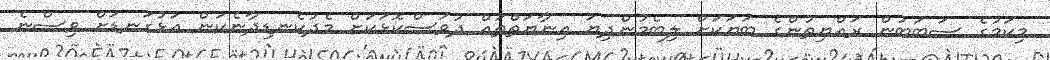
މިކަމުގެ ސަބަބުން ރައްޔިތުންގެ ބަޔަކަށް ލިބެމުންދިޔަ އިނާޔަތްތައް ދުވަސްކޮޅަކަށް މެދުކެނޑިދާނެކަން އަޅުގަނޑަށް ވިސްނެ